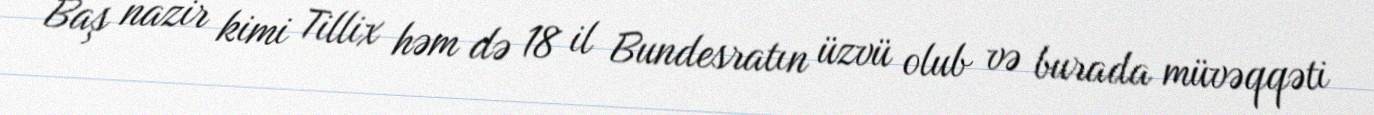
Baş nazir kimi Tillix həm də 18 il Bundesratın üzvü olub və burada müvəqqəti